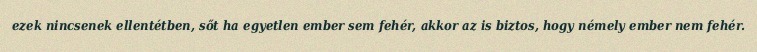
ezek nincsenek ellentétben, sőt ha egyetlen ember sem fehér, akkor az is biztos, hogy némely ember nem fehér.